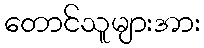
တောင်သူများအား